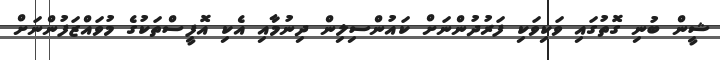
ޝީން ބުނި ގޮތުގައި ވަކިވަކި ފަރުދުންނަށް ކައުންސިލިން ދިނުމާއި އެކި އޮފީސްތަކުގެ މުވައްޒަފުންނަށް